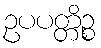
ဥပပတ္တိဉ္စ